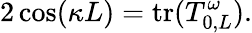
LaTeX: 2\cos(\kappa L)=\mathrm{tr}(T_{0,L}^{\omega}).